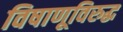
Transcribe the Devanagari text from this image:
विषाणूविरुद्ध